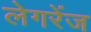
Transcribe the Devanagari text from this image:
लेगरेंज